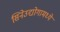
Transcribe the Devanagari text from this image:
सिनेउद्योगामध्ये